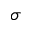
\sigma